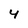
Character: 4